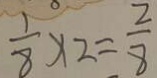
\frac { 1 } { 8 } \times 2 = \frac { 2 } { 8 }